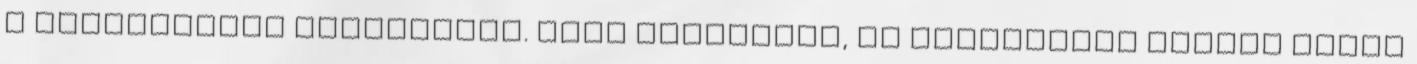
a vállalkozás fenntartja. Nagy térfogatú, de viszonylag kisebb súlyú